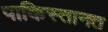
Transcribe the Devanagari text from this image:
पाकिस्तानत